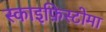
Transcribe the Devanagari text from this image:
स्काइफ़िस्टोमा